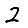
Digit: 2